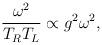
LaTeX: \begin{align*}{\omega^2\over T_R T_L} \propto g^2\omega^2,\end{align*}